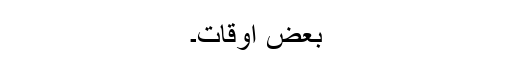
بعض اوقات۔